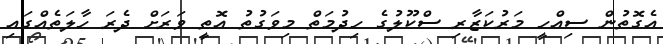
އެގޮތުން ސިއްހީ މަރުކަޒާރި ސްކޫލުގެ ހިދުމަތް މިވަގުތު އޮތީ ވަރަށް ދެރަ ހާލަތެއްގައި